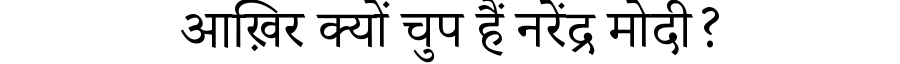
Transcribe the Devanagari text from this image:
आख़िर क्यों चुप हैं नरेंद्र मोदी?